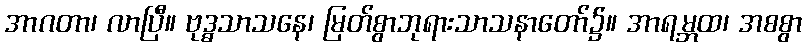
အာဂတာ၊ လာပြီ။ ဗုဒ္ဓသာသနေ၊ မြတ်စွာဘုရားသာသနာတော်၌။ အာရမ္ဘထ၊ အစစွာ